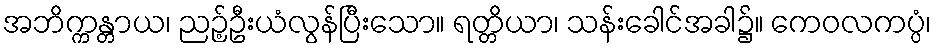
အဘိက္ကန္တာယ၊ ညဉ့်ဦးယံလွန်ပြီးသော။ ရတ္တိယာ၊ သန်းခေါင်အခါ၌။ ကေဝလကပ္ပံ၊